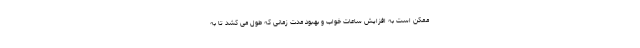
ممکن است به افزایش ساعات خواب و بهبود مدت زمانی که طول می کشد تا به